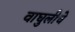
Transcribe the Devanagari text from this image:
वाघुलीचे